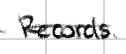
Text: Records.
Cross-out: single-line
Writing tool: digital_black